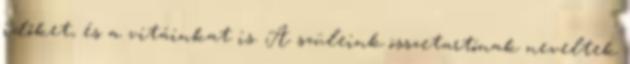
időket, és a vitáinkat is. A szüleink összetartónak neveltek